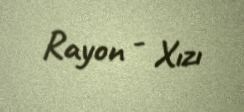
Rayon - Xızı